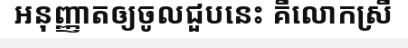
អនុញ្ញាតឲ្យចូលជួបនេះ គឺលោកស្រី